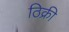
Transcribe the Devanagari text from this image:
ठिक्री